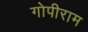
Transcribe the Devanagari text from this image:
गोपीराम